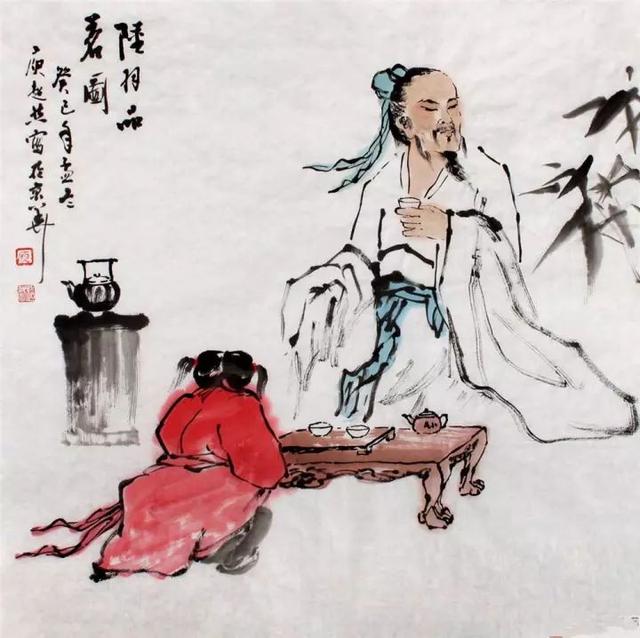
君子之学也，以美其身小人之学也，以为禽犊。